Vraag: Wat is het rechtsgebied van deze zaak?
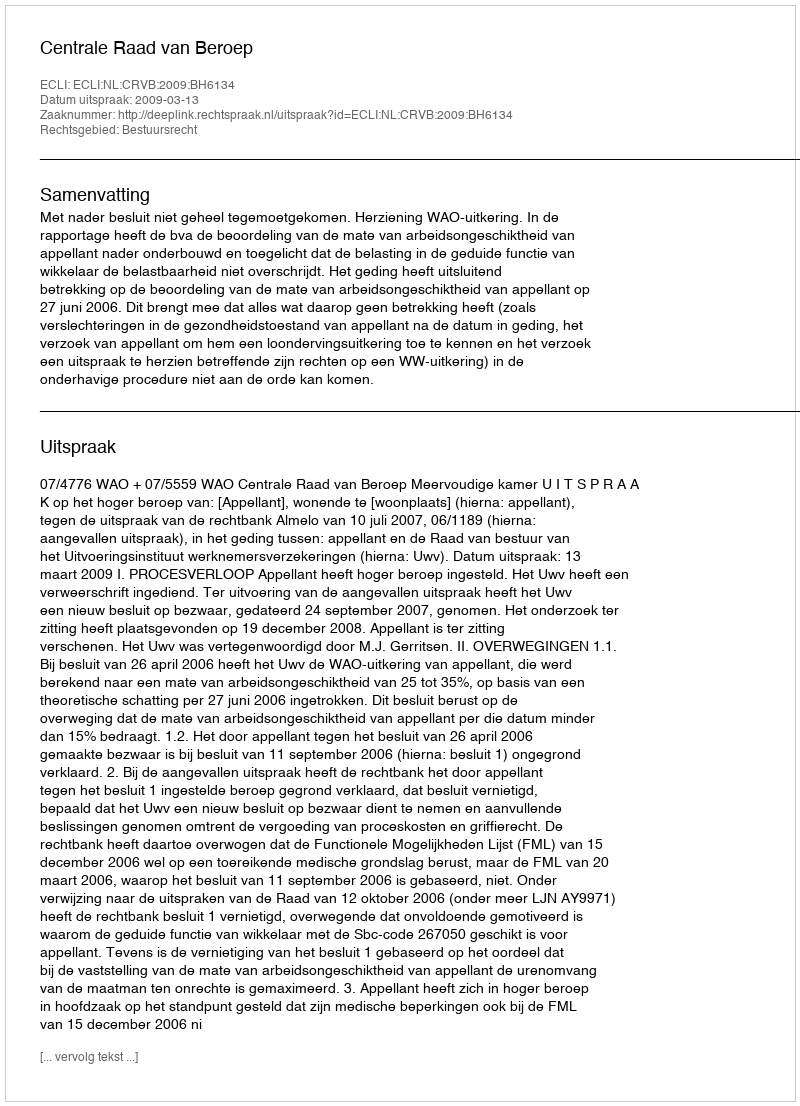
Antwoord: Bestuursrecht